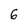
Character: 6